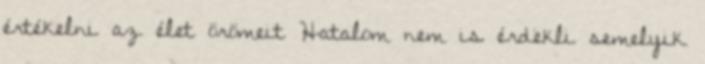
értékelni az élet örömeit Hatalom nem is érdekli semelyik